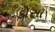
કોસા